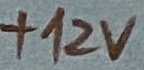
Text: +12V